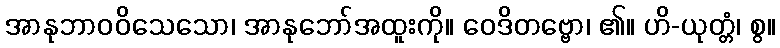
အာနုဘာဝဝိသေသော၊ အာနုဘော်အထူးကို။ ဝေဒိတဗ္ဗော၊ ၏။ ဟိ-ယုတ္တံ၊ စွ။